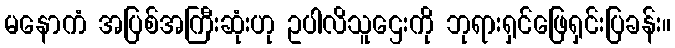
မနောကံ အပြစ်အကြီးဆုံးဟု ဥပါလိသူဌေးကို ဘုရားရှင်ဖြေရှင်းပြခန်း။